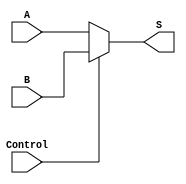
`timescale 1ns / 1ps
//////////////////////////////////////////////////////////////////////////////////
// Company: 
// Engineer: 
// 
// Design Name: 
// Module Name: DataSelect5
// Project Name: 
// Target Devices: 
// Tool Versions: 
// Description: 
// 
// Dependencies: 
// 
// Revision:
// Revision 0.01 - File Created
// Additional Comments:
// 
//////////////////////////////////////////////////////////////////////////////////


module DataSelect5(
    input [4:0] A,
    input [4:0] B,
    input Control,
    output [4:0] S
    );
    assign S = (Control == 1'b0 ? A : B);
endmodule